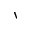
\backprime